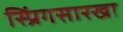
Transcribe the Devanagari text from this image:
स्प्रिंगसारखा